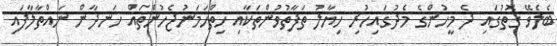
ބެލެވޭ ގޮތުގައި ދެ މީހުންގެ މެދުގައިހުރި ހިޔާލު ތަފާތުވުންތަކާއި ހިތްހަމަނުޖެހުންތައް ހަނދާން ނައްތާލާފައި